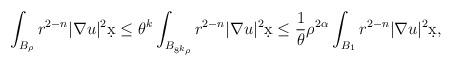
LaTeX: \begin{align*}\int_{B_{\rho}} r^{2-n} |\nabla u|^2 \d x &\leq \theta^k \int_{B_{8^k\rho}} r^{2-n} |\nabla u|^2 \d x \leq \frac{1}{\theta} \rho^{2\alpha} \int_{B_1} r^{2-n} |\nabla u|^2 \d x,\end{align*}